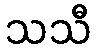
သသီ